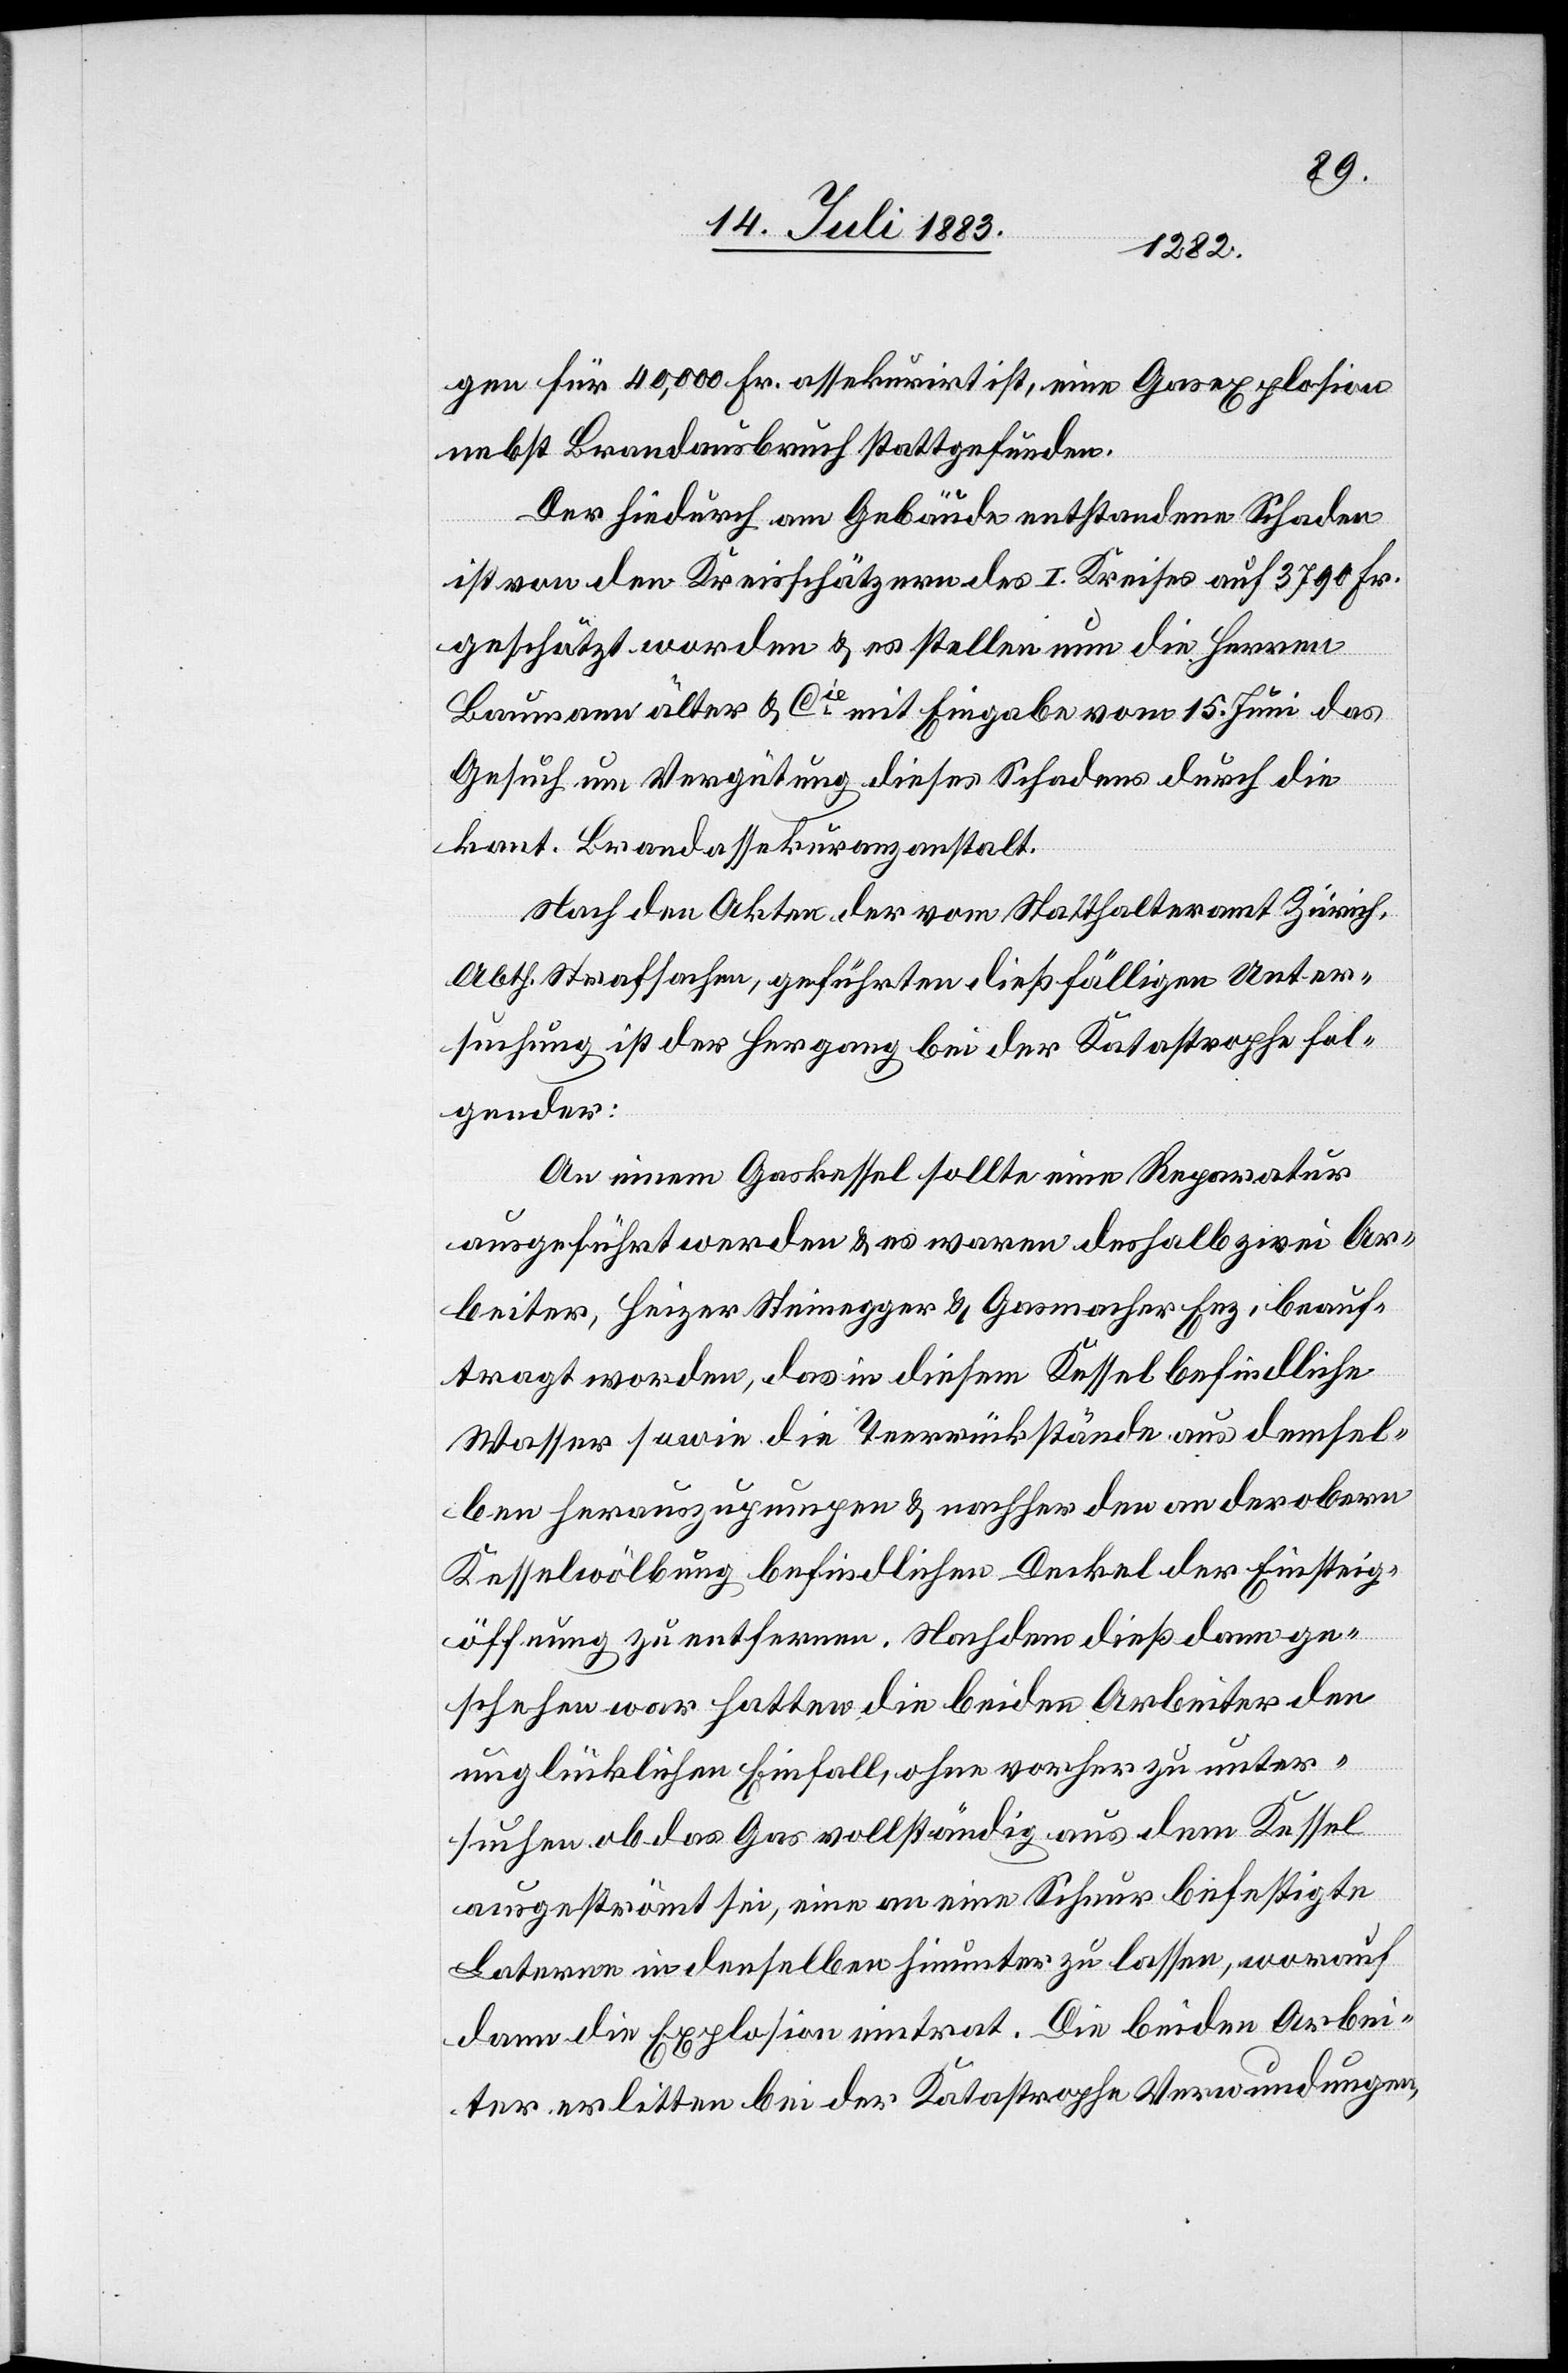
gen für 40,000 Fr. assekurirt ist, eine Gasexplosion
nebst Brandausbruch stattgefunden.
Der hiedurch am Gebäude entstandene Schaden
ist von den Kreisschätzern des I. Kreises auf 3790 Fr.
geschätzt worden & es stellen nun die Herren
Baumann älter & Cie mit Eingabe vom 15. Juni das
Gesuch um Vergütung dieses Schadens durch die
kant. Bandassekuranzanstalt.
Nach den Akten der vom Statthalteramt Zürich,
Abth. Strafsachen, geführten dießfälligen Unter¬
suchung ist der Hergang bei der Katastrophe fol¬
gender:
An einem Gaskessel sollte eine Reparatur
ausgeführt werden & es waren deshalb zwei Ar¬
beiter, Heizer Steinegger & Gasmacher Enz, beauf¬
tragt worden, das in diesem Kessel befindliche
Wasser sowie die Teerrückstände aus demsel¬
ben herauszupumpen & nachher den an der obern
Kesselwölbung befindlichen Deckel der Einstieg¬
söffnung zu entfernen. Nachdem dieß dann ge¬
schehen war, hatten die beiden Arbeiter den
unglücklichen Einfall, ohne vorher zu unter¬
suchen[,] ob das Gas vollständig aus dem Kessel
ausgeströmt sei, eine an eine [recte: einer] Schnur befestigte
Laterne in denselben hinunter zu lassen, worauf
dann die Explosion eintrat. Die beiden Arbei¬
ter erlitten bei der Katastrophe Verwundungen,